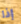
إذا